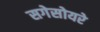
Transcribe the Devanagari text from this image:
सगेसोयरे